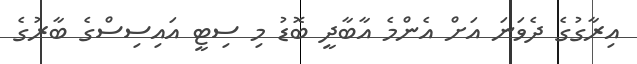
އިރާގުގެ ދެވަނަ އަށް އެންމެ އާބާދީ ބޮޑު މި ސިޓީ އައިސިސްގެ ބާރުގެ